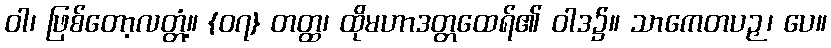
ဝါ၊ ဖြစ်တော့လတ္တံ့။ {၀၇} တတ္ထ၊ ထိုမဟာဒတ္တထေရ်၏ ဝါဒ၌။ သာကေတပဉှ၊ ပေ။